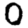
Digit: 0